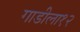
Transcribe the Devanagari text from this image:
गाडीला१२